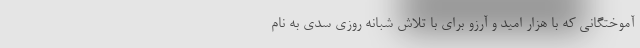
آموختگانی که با هزار امید و آرزو برای با تلاش شبانه روزی سدی به نام